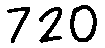
720